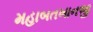
મહાબતખાનજી